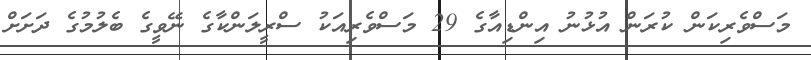
މަސްވެރިކަން ކުރަން އުޅުނު އިންޑިއާގެ 29 މަސްވެރިއަކު ސްރީލަންކާގެ ނޭވީގެ ބެލުމުގެ ދަށަށް